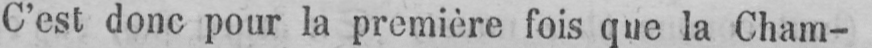
C’est donc pour la première fois que la Cham-